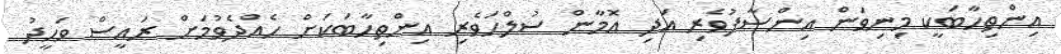
އިންތިހާބަކީ މިނިވަން އިންސާފުވެރި އަދި އޮމާން ސުލްހަވެރި އިންތިހާބަކަށް ހެއްދެވުމަށް ރައީސް ވަހީދު